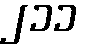
၂၁၁